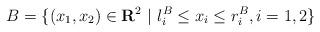
LaTeX: \begin{align*}B=\{(x_{1},x_{2})\in \textbf{R}^2\mbox{ }|\mbox{ } l_{i}^{B}\leq x_{i}\leq r_{i}^{B},i=1,2\}\end{align*}